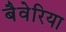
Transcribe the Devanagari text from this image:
बैवेरिया